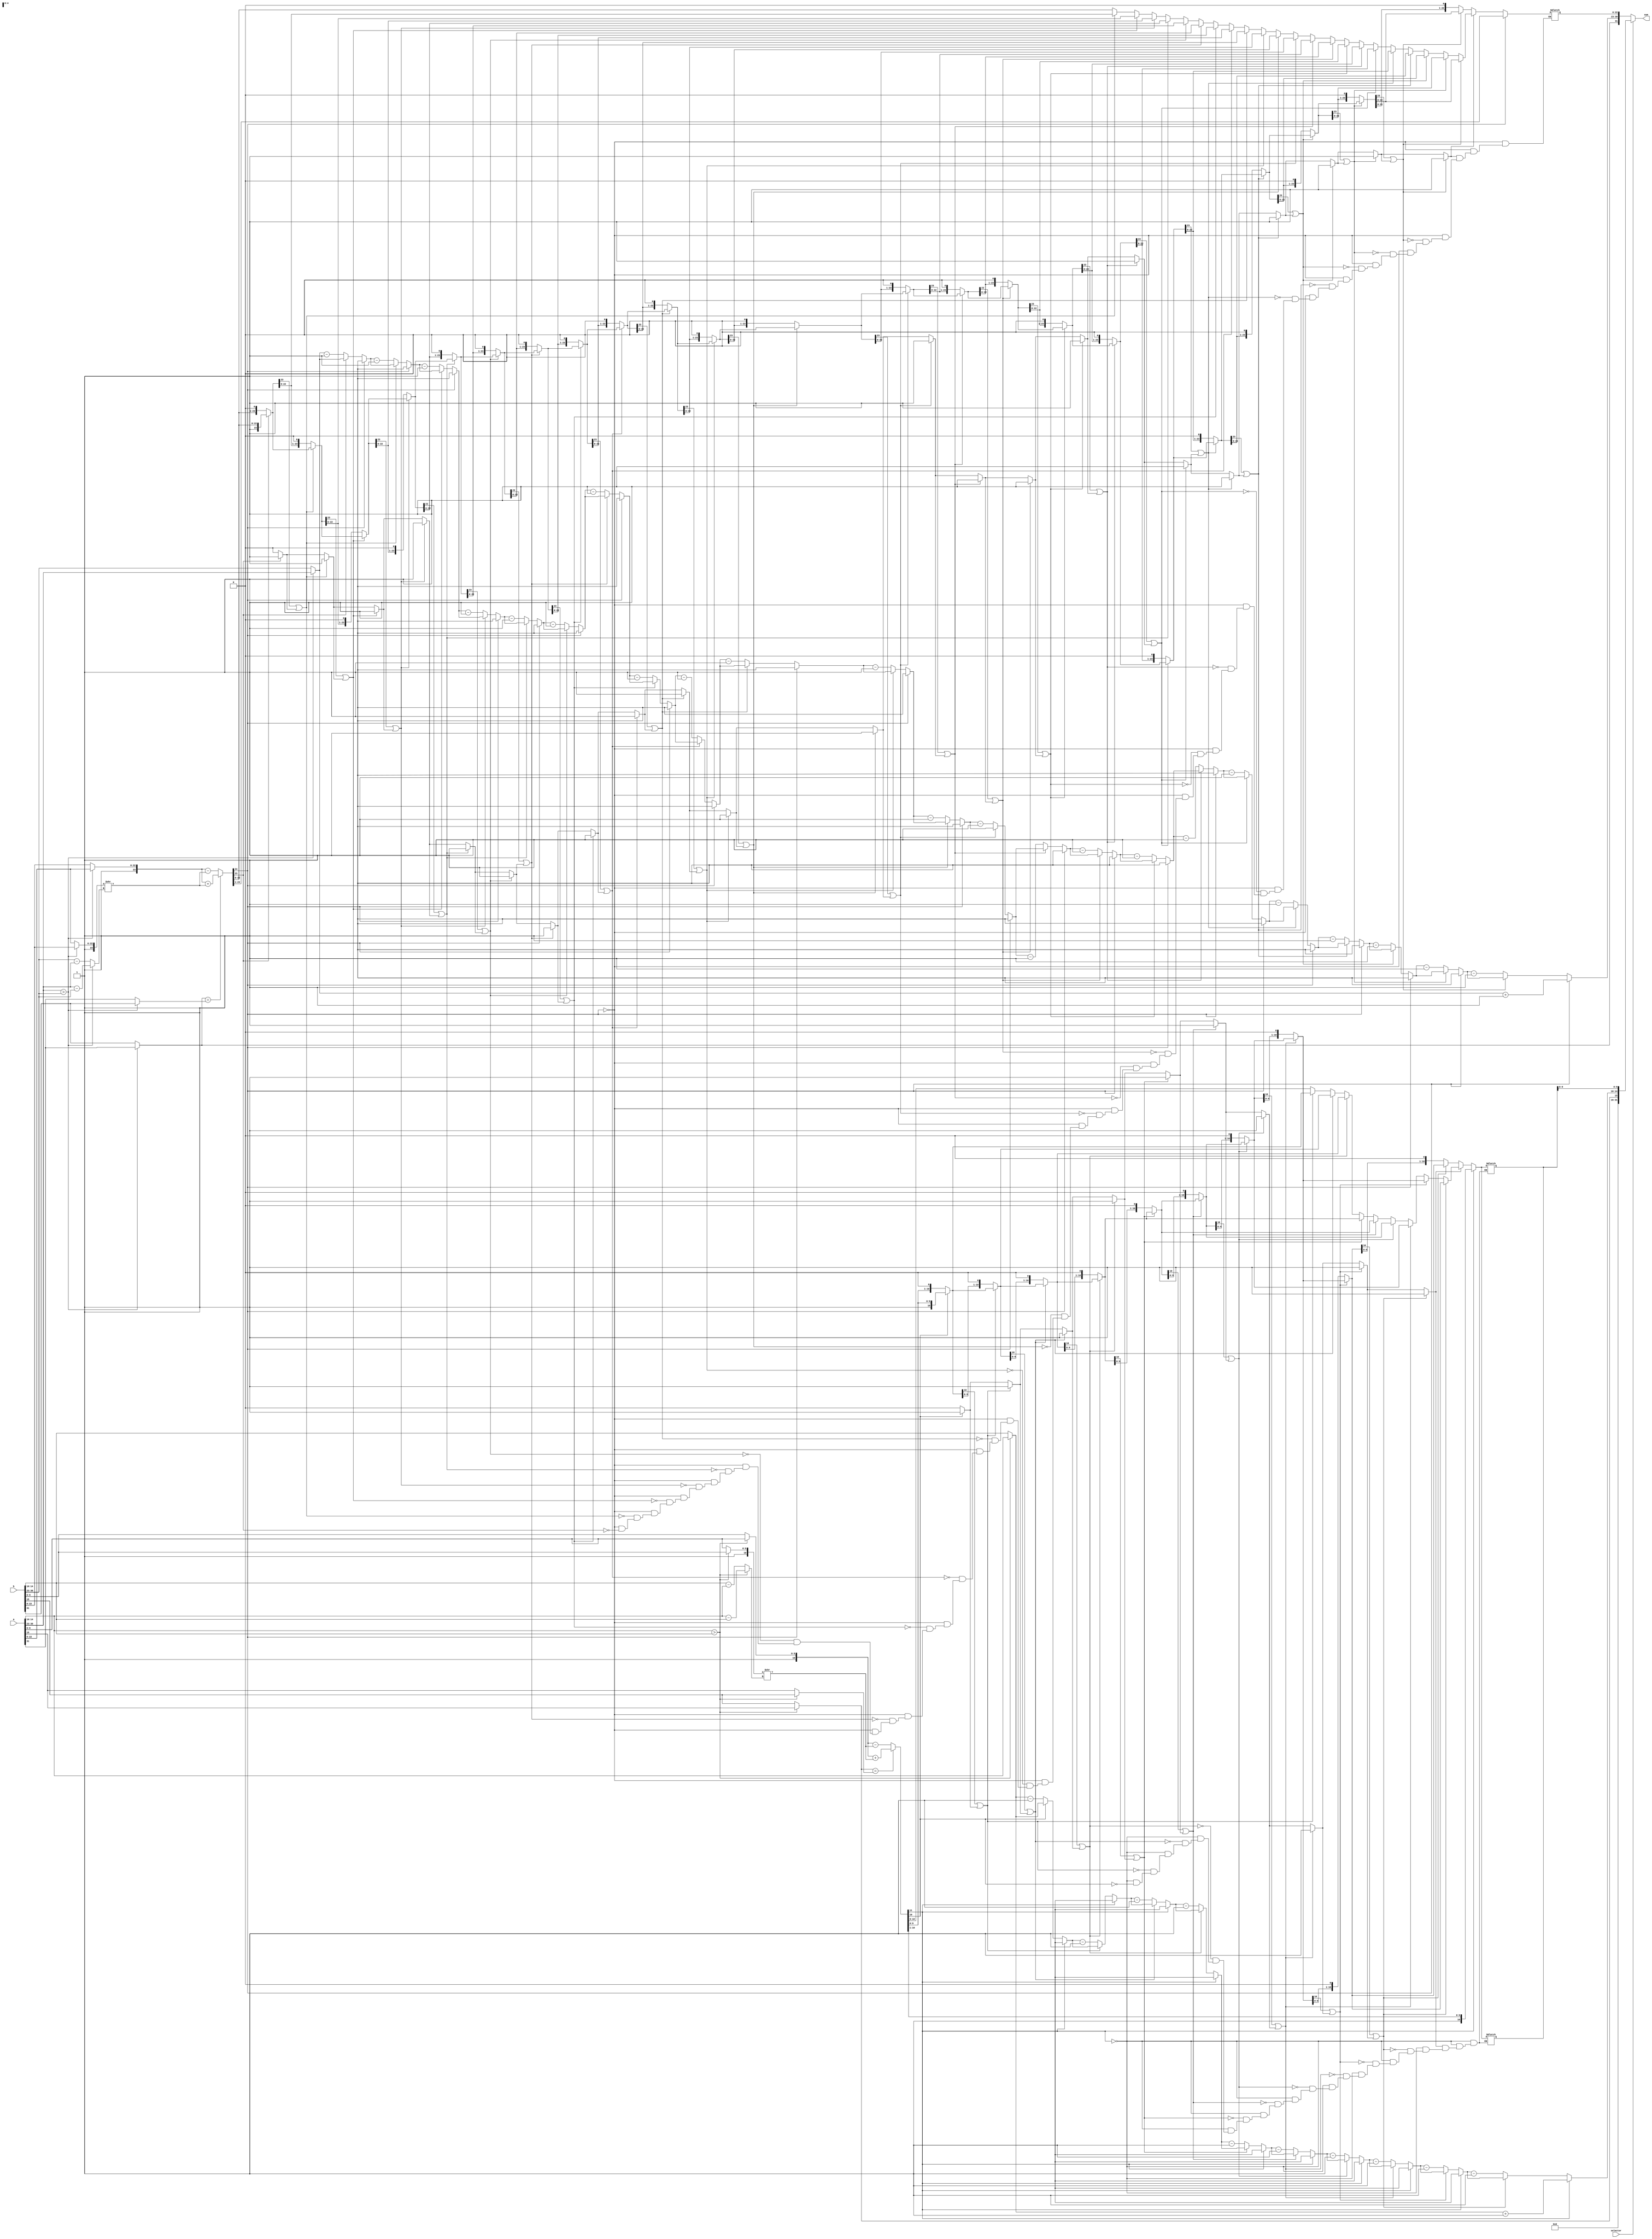
module floating_point_adder (
    input wire [31:0] a,  
    input wire [31:0] b,
    input wire selector, 
    output reg [31:0] sum 
);
wire sign_a = a[31];              //En este bloque separamos el número en su signo, exponente y mantissa de cada uno de los números
wire [7:0] exponent_a = a[30:23]; //Luego hacemos que nuestras mantissas tengan que su bit más significativo sea 1
wire [22:0] mantissa_a = a[22:0];

wire sign_b = b[31];
wire [7:0] exponent_b = b[30:23];
wire [22:0] mantissa_b = b[22:0];

wire [23:0] mantissa_a_norm = {1'b1, mantissa_a};
wire [23:0] mantissa_b_norm = {1'b1, mantissa_b};

wire [10:0] mantissa_smaller_aligned_six = mantissa_smaller_six >> exp_diff_six;

assign exp_diff = (exponent_a > exponent_b) ? (exponent_a - exponent_b) : (exponent_b - exponent_a); //En este bloque de aqui verificamos que número tiene un exponente mayor, ya que, ese número sea nuestra referencia
assign mantissa_larger = (exponent_a > exponent_b) ? mantissa_a_norm : mantissa_b_norm;              //para operar, si es que el primero número tenga un mayor exponente, se tomaran su exponente, signo y mantissa como los mayores
assign mantissa_smaller = (exponent_a > exponent_b) ? mantissa_b_norm : mantissa_a_norm;
assign exponent_larger = (exponent_a > exponent_b) ? exponent_a : exponent_b;
assign sign_larger = (exponent_a > exponent_b) ? sign_a : sign_b;
assign sign_smaller = (exponent_a > exponent_b) ? sign_b : sign_a;

wire [23:0] mantissa_smaller_aligned = mantissa_smaller >> exp_diff;

wire [24:0] mantissa_sum; //Sumamos o restamos las mantissas alineadas, dependiendo si los signos son iguales o diferentes
assign mantissa_sum = (sign_larger == sign_smaller) ? (mantissa_larger + mantissa_smaller_aligned) : (mantissa_larger - mantissa_smaller_aligned);

reg [23:0] mantissa_normalized;
reg [7:0] exponent_normalized;
reg [24:0] mantissa_temp;
integer i;
reg loop_exit_flag;

always @(*) begin
    mantissa_temp_six = mantissa_sum_six;
    exponent_normalized_six = exponent_larger_six;
    loop_exit_flag_six = 0;

    if (mantissa_temp_six[11] == 1) begin
        mantissa_normalized_six = mantissa_temp_six[11:1];
        exponent_normalized_six = exponent_normalized_six + 1;
    end else begin

        for (i_six = 0; i_six < 10; i_six = i_six + 1) begin
            if (mantissa_temp_six[10] == 1 || loop_exit_flag_six) begin
                mantissa_normalized_six = mantissa_temp_six[10:0];
                loop_exit_flag_six = 1;
            end else begin
                mantissa_temp_six = mantissa_temp_six << 1;
                exponent_normalized_six = exponent_normalized_six - 1;
            end
        end
        if (!loop_exit_flag_six) begin
            mantissa_normalized_six = mantissa_temp_six[10:0];
        end
    end
end

always @(*) begin                                               //Este bloque de aqui normalisa la mantissa resultante, si es que la suma resulta en un carry, se ajusta la mantissa y el exponente, sumando este en 1
    mantissa_temp = mantissa_sum;                               //caso contrario se hace desplazamientos a la izquierda hasta que este normalizada
    exponent_normalized = exponent_larger;
    loop_exit_flag = 0;

    if (mantissa_temp[24] == 1) begin
        mantissa_normalized = mantissa_temp[24:1];
        exponent_normalized = exponent_normalized + 1;
    end else begin

        for (i = 0; i < 23; i = i + 1) begin
            if (mantissa_temp[23] == 1 || loop_exit_flag) begin
                mantissa_normalized = mantissa_temp[23:0];
                loop_exit_flag = 1;
            end else begin
                mantissa_temp = mantissa_temp << 1;
                exponent_normalized = exponent_normalized - 1;
            end
        end
        if (!loop_exit_flag) begin
            mantissa_normalized = mantissa_temp[23:0];
        end
    end
end

//Se realizó el mismo proceso para hacer el cálculo del de 16 bits

wire [15:0] asix = a[15:0]; //
wire [15:0] bsix = b[15:0];

wire sign_asix = asix[15];
wire [4:0] exponent_asix = asix[14:10];
wire [9:0] mantissa_asix = asix[9:0];

wire sign_bsix = bsix[15];
wire [4:0] exponent_bsix = bsix[14:10];
wire [9:0] mantissa_bsix = bsix[9:0];

wire [10:0] mantissa_a_norm_six = {1'b1, mantissa_asix};
wire [10:0] mantissa_b_norm_six = {1'b1, mantissa_bsix};

wire [4:0] exp_diff_six;
wire [10:0] mantissa_larger_six, mantissa_smaller_six;
wire [4:0] exponent_larger_six;
wire sign_larger_six, sign_smaller_six;

wire [7:0] exp_diff;
wire [23:0] mantissa_larger, mantissa_smaller;
wire [7:0] exponent_larger;
wire sign_larger, sign_smaller;

assign exp_diff_six = (exponent_asix > exponent_bsix) ? (exponent_asix - exponent_bsix) : (exponent_bsix - exponent_asix);
assign mantissa_larger_six = (exponent_asix > exponent_bsix) ? mantissa_a_norm_six : mantissa_b_norm_six;
assign mantissa_smaller_six = (exponent_asix > exponent_bsix) ? mantissa_b_norm_six : mantissa_a_norm_six;
assign exponent_larger_six = (exponent_asix > exponent_bsix) ? exponent_asix : exponent_bsix;
assign sign_larger_six = (exponent_asix > exponent_bsix) ? sign_asix : sign_bsix;
assign sign_smaller_six = (exponent_asix > exponent_bsix) ? sign_bsix : sign_asix;

wire [10:0] mantissa_smaller_aligned_six = mantissa_smaller_six >> exp_diff_six;

wire [11:0] mantissa_sum_six;
assign mantissa_sum_six = (sign_larger_six == sign_smaller_six) ? (mantissa_larger_six + mantissa_smaller_aligned_six) : (mantissa_larger_six - mantissa_smaller_aligned_six);

reg [10:0] mantissa_normalized_six;
reg [4:0] exponent_normalized_six;
reg [11:0] mantissa_temp_six;
integer i_six;
reg loop_exit_flag_six;

always @(*) begin
    mantissa_temp_six = mantissa_sum_six;
    exponent_normalized_six = exponent_larger_six;
    loop_exit_flag_six = 0;

    if (mantissa_temp_six[11] == 1) begin
        mantissa_normalized_six = mantissa_temp_six[11:1];
        exponent_normalized_six = exponent_normalized_six + 1;
    end else begin

        for (i_six = 0; i_six < 10; i_six = i_six + 1) begin
            if (mantissa_temp_six[10] == 1 || loop_exit_flag_six) begin
                mantissa_normalized_six = mantissa_temp_six[10:0];
                loop_exit_flag_six = 1;
            end else begin
                mantissa_temp_six = mantissa_temp_six << 1;
                exponent_normalized_six = exponent_normalized_six - 1;
            end
        end
        if (!loop_exit_flag_six) begin
            mantissa_normalized_six = mantissa_temp_six[10:0];
        end
    end
end

always @(*) begin //Por ultimó se juntan los valores, en caso que el selector este activo, el resultado será de 16 bits, caso contrario, el resultado será de 32 bits
        if(selector)
            sum = {16'b0,sign_larger_six, exponent_normalized_six, mantissa_normalized_six[9:0]};
        else
            sum = {sign_larger, exponent_normalized, mantissa_normalized[22:0]};    
end

endmodule